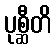
ပုစ္ဆီတိ